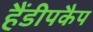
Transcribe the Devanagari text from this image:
हैंडीपकैप